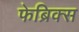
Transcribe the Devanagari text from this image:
फेब्रिक्स